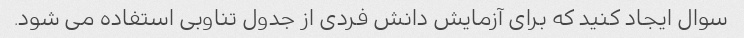
سوال ایجاد کنید که برای آزمایش دانش فردی از جدول تناوبی استفاده می شود.